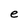
Character: e